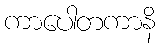
ကာပေါတကာနိ